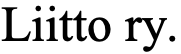
Liitto ry.